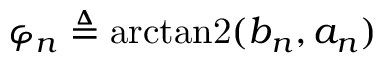
\varphi _ { n } \triangleq \operatorname { a r c t a n 2 } ( b _ { n } , a _ { n } )